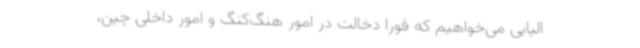
الیایی می‌خواهیم که فوراً دخالت در امور هنگ‌کنگ و امور داخلی چین،